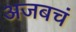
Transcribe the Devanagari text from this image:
अजबचं